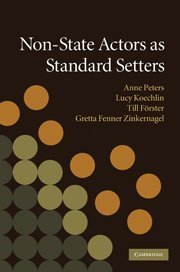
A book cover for Non-State Actors as Standard Setters; Law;